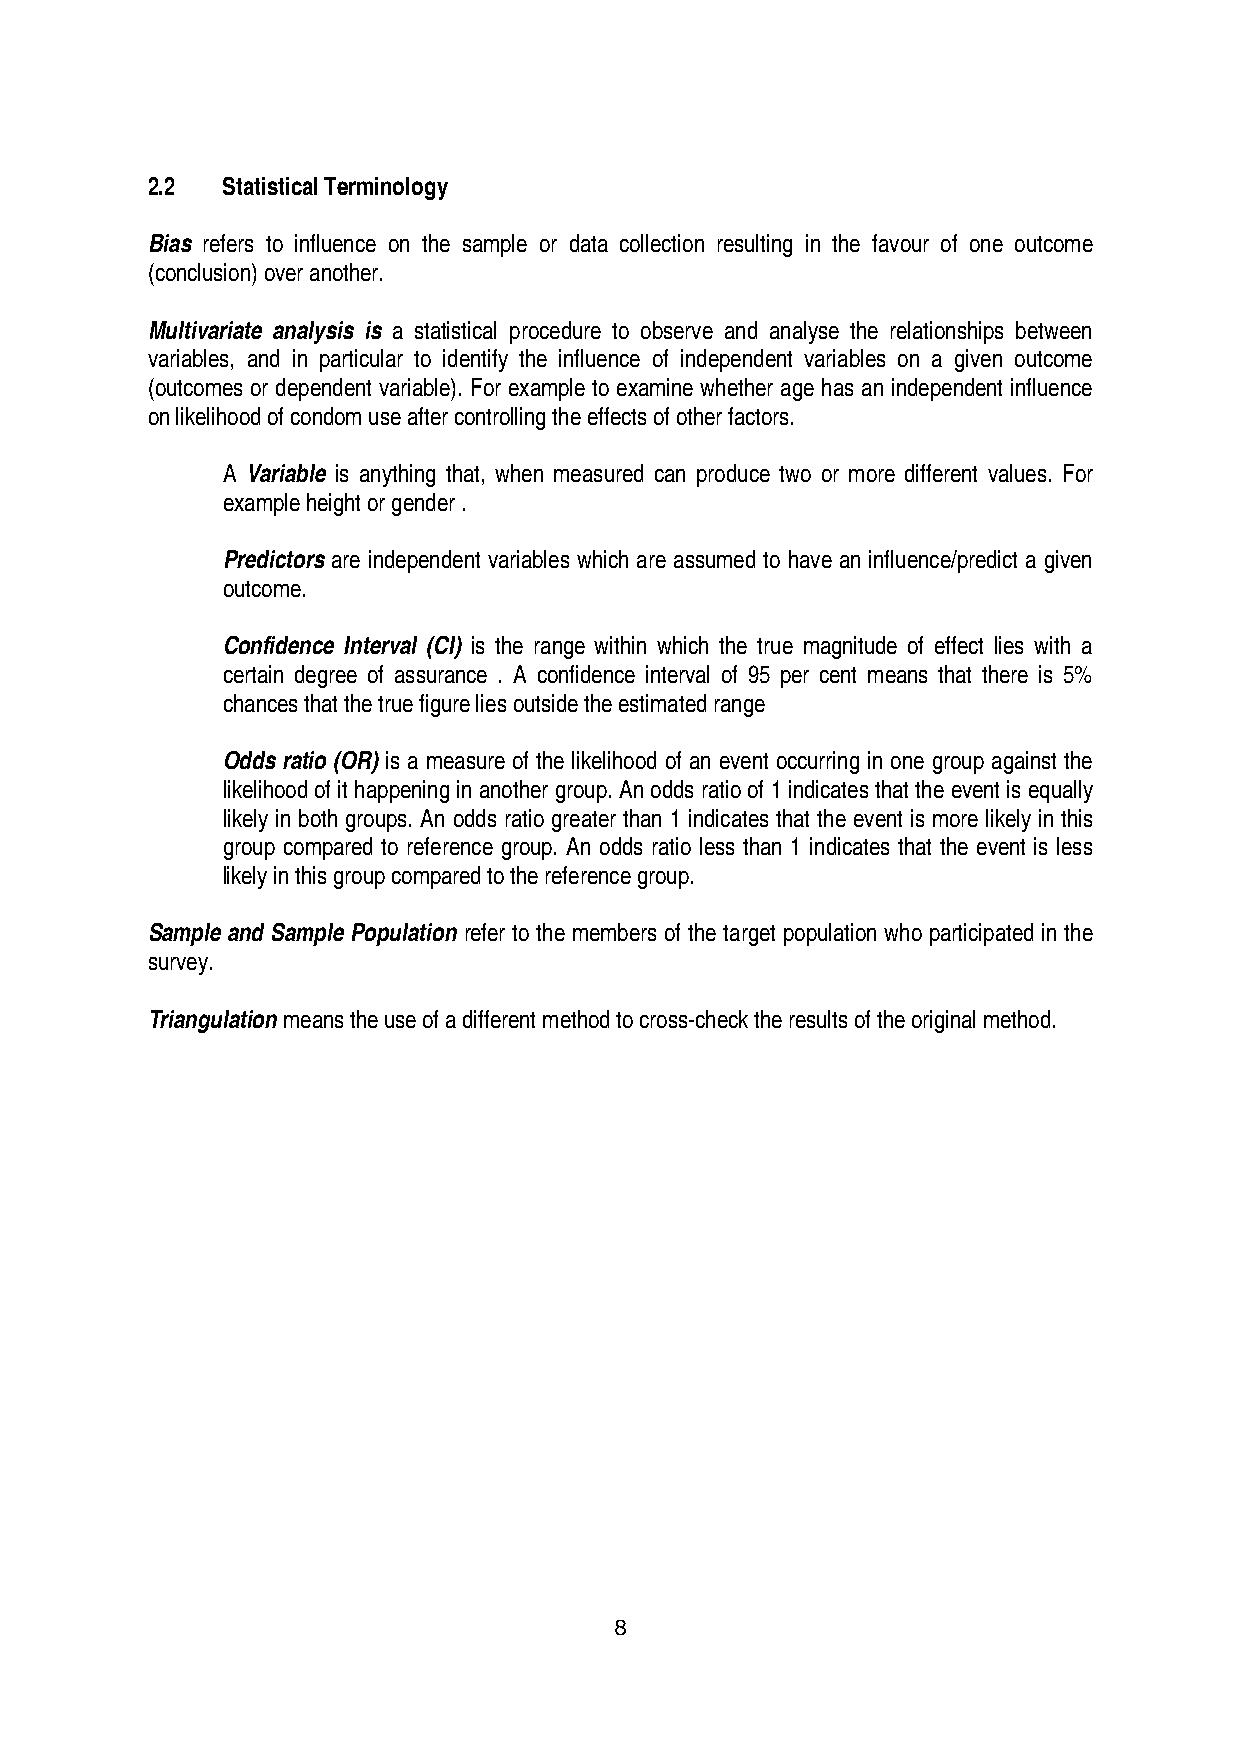
2.2  Statistical Terminology
 Bias refers to influence on the sample or data collection resulting in the favour of one outcome
 (conclusion) over another.
 Multivariate analysis is a statistical procedure to observe and analyse the relationships between
 variables, and in particular to identify the influence of independent variables on a given outcome
 (outcomes or dependent variable). For example to examine whether age has an independent influence
 on likelihood of condom use after controlling the effects of other factors.
 A Variable is anything that, when measured can produce two or more different values. For
 example height or gender .
 Predictors are independent variables which are assumed to have an influence/predict a given
 outcome.
 Confidence Interval (CI) is the range within which the true magnitude of effect lies with a
 certain degree of assurance . A confidence interval of 95 per cent means that there is 5%
 chances that the true figure lies outside the estimated range
 Odds ratio (OR) is a measure of the likelihood of an event occurring in one group against the
 likelihood of it happening in another group. An odds ratio of 1 indicates that the event is equally
 likely in both groups. An odds ratio greater than 1 indicates that the event is more likely in this
 group compared to reference group. An odds ratio less than 1 indicates that the event is less
 likely in this group compared to the reference group.
 Sample and Sample Population refer to the members of the target population who participated in the
 survey.
 Triangulation means the use of a different method to cross-check the results of the original method.
 8